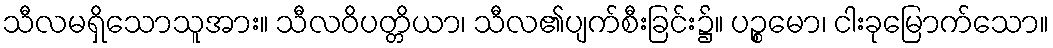
သီလမရှိသောသူအား။ သီလဝိပတ္တိယာ၊ သီလ၏ပျက်စီးခြင်း၌။ ပဉ္စမော၊ ငါးခုမြောက်သော။